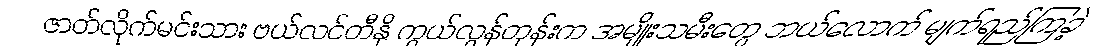
ဇာတ်လိုက်မင်းသား ဗယ်လင်တီနို ကွယ်လွန်တုန်းက အမျိုးသမီးတွေ ဘယ်လောက် မျက်ရည်ကြခဲ့